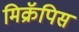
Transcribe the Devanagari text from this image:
मिक्रॅपिस